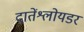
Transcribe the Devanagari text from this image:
दातेंश्लोयडर